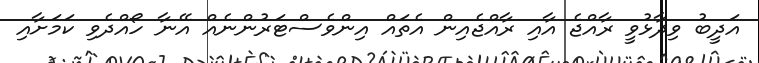
އަދީބު ވިދާޅުވީ ރާއްޖެ އާއި ރާއްޖެއިން އެތައް އިންވެސްޓަރުންނެއް އޭނާ ހޯއްދެވި ކަމަށާއި